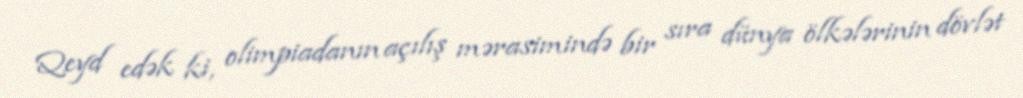
Qeyd edək ki, olimpiadanın açılış mərasimində bir sıra dünya ölkələrinin dövlət